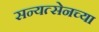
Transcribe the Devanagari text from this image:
सन्यत्सेनच्या